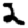
Digit: 2